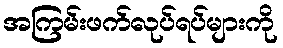
အကြမ်းဖက်လုပ်ရပ်များကို